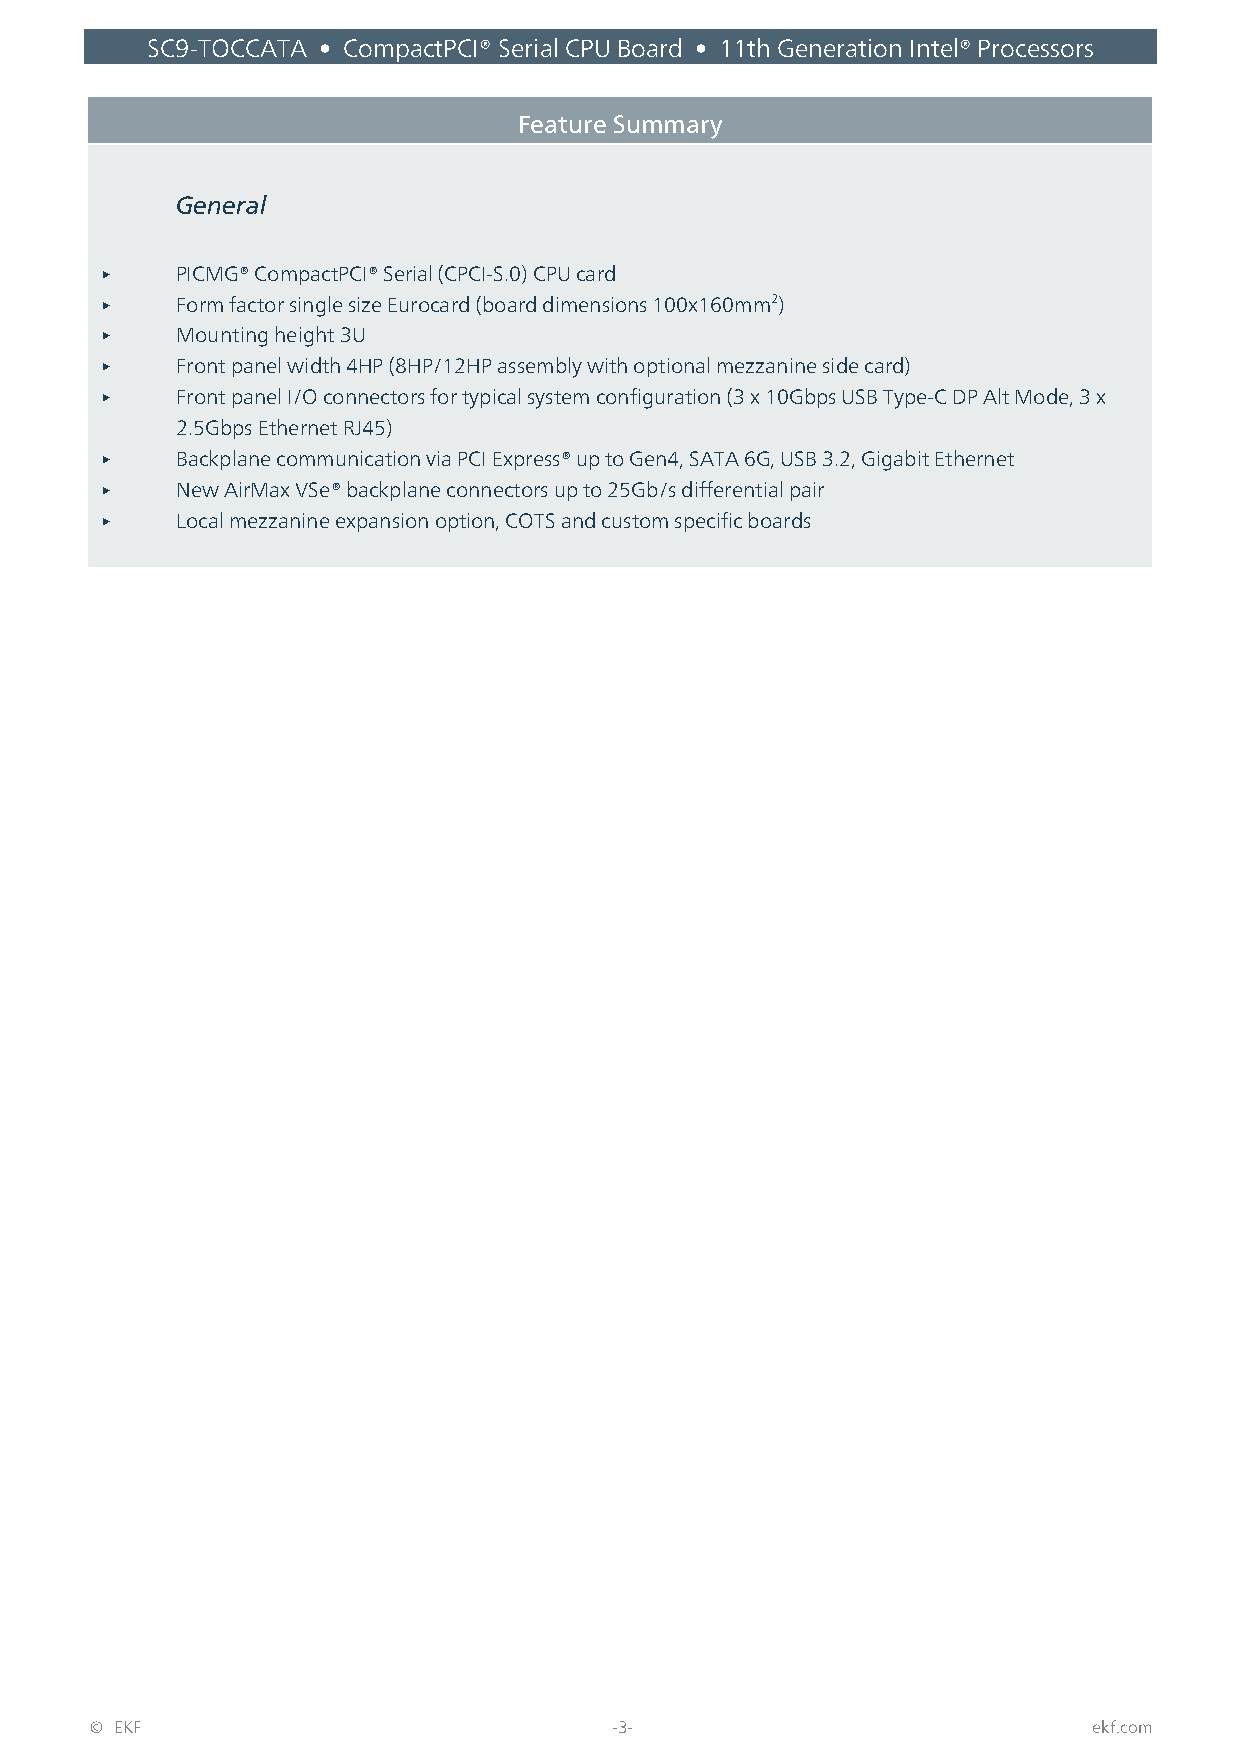
SC9-TOCCATA • CompactPCI® Serial CPU Board • 11th Generation Intel® Processors
 Feature Summary
 General
 <    PICMG® CompactPCI® Serial (CPCI-S.0) CPU card
 <    Form factor single size Eurocard (board dimensions 100x160mm2)
 <    Mounting height 3U
 <    Front panel width 4HP (8HP/12HP assembly with optional mezzanine side card)
 <    Front panel I/O connectors for typical system configuration (3 x 10Gbps USB Type-C DP Alt Mode, 3 x
 2.5Gbps Ethernet RJ45)
 <    Backplane communication via PCI Express® up to Gen4, SATA 6G, USB 3.2, Gigabit Ethernet
 <    New AirMax VSe® backplane connectors up to 25Gb/s differential pair
 <    Local mezzanine expansion option, COTS and custom specific boards
 © EKF                              -3-                            ekf.com